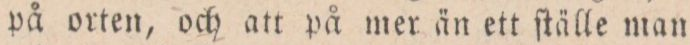
på orten, och att på mer än ett ſtälle man